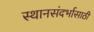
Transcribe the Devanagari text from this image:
स्थानसंदर्भासाठी